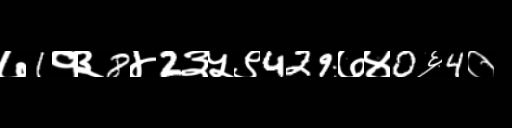
Text: ७1१३8४2३५९429७४0६4०